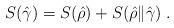
LaTeX: \begin{align*}S(\hat{\gamma}) = S(\hat{\rho}) + S(\hat{\rho}\|\hat{\gamma})\;.\end{align*}